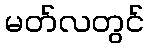
မတ်လတွင်